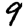
Digit: 9